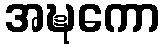
အဍ္ဎကော